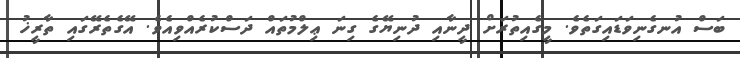
ބަސް އުނގެނިވަޑައިގަތެވެ. މީގެއިތުރަށް ދީނާއި ދުނިޔޭގެ ގިނަ ޢިލްމުތައް ދަސްކުރެއްވިއެވެ. އޭގެތެރޭގައި ތާރީޚު